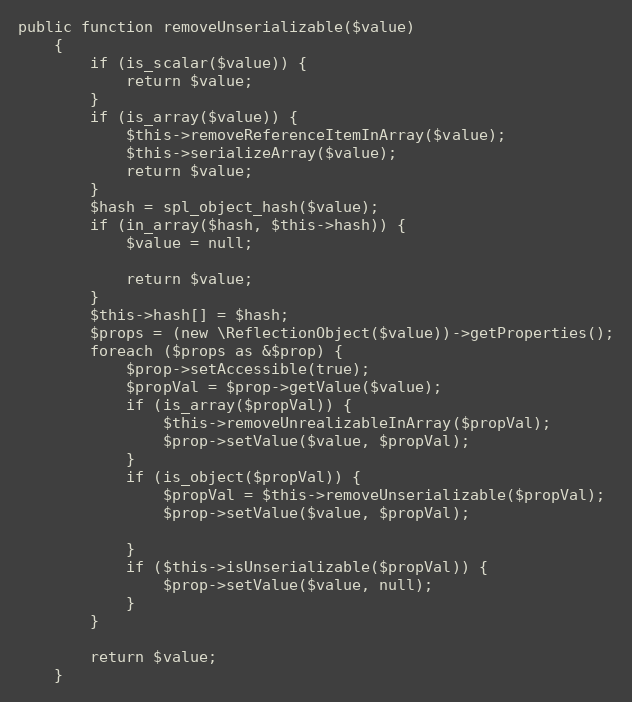
Language: PHP
public function removeUnserializable($value)
    {
        if (is_scalar($value)) {
            return $value;
        }
        if (is_array($value)) {
            $this->removeReferenceItemInArray($value);
            $this->serializeArray($value);
            return $value;
        }
        $hash = spl_object_hash($value);
        if (in_array($hash, $this->hash)) {
            $value = null;

            return $value;
        }
        $this->hash[] = $hash;
        $props = (new \ReflectionObject($value))->getProperties();
        foreach ($props as &$prop) {
            $prop->setAccessible(true);
            $propVal = $prop->getValue($value);
            if (is_array($propVal)) {
                $this->removeUnrealizableInArray($propVal);
                $prop->setValue($value, $propVal);
            }
            if (is_object($propVal)) {
                $propVal = $this->removeUnserializable($propVal);
                $prop->setValue($value, $propVal);

            }
            if ($this->isUnserializable($propVal)) {
                $prop->setValue($value, null);
            }
        }

        return $value;
    }